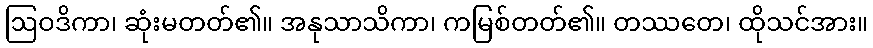
ဩဝဒိကာ၊ ဆုံးမတတ်၏။ အနုသာသိကာ၊ ကမြစ်တတ်၏။ တဿတေ၊ ထိုသင်အား။